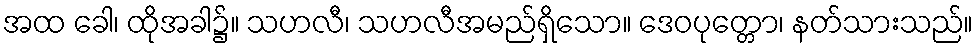
အထ ခေါ၊ ထိုအခါ၌။ သဟလီ၊ သဟလီအမည်ရှိသော။ ဒေဝပုတ္တော၊ နတ်သားသည်။